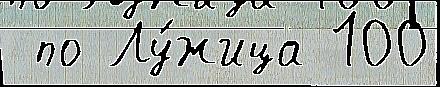
 по Лу́жица 100